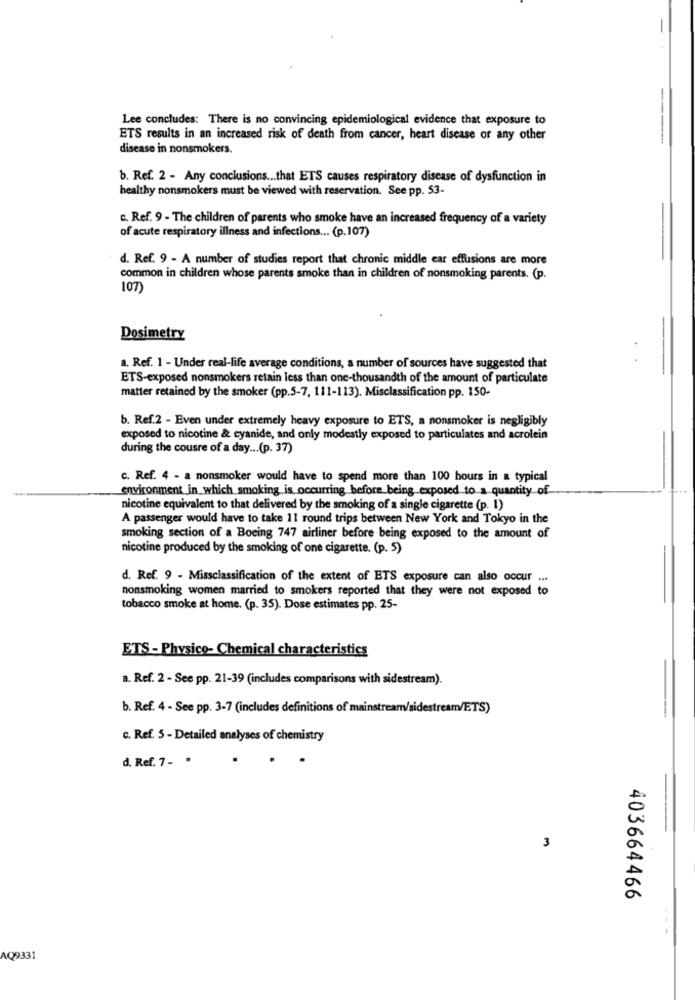
-
Lee concludes: There is no convincing epidemiological evidence that exposure to
ETS results in an increased risk of death from cancer, heart disease or any other
----
disease in nonsmokers.
b. Ref. 2 - Any conclusions ... that ETS causes respiratory disease of dysfunction in
healthy nonsmokers must be viewed with reservation. See pp. 53-
c. Ref. 9 - The children of parents who smoke have an increased frequency of a variety
of acute respiratory illness and infections ... (p.107)
d. Ref. 9 - A number of studies report that chronic middle car effusions are more
common in children whose parents smoke than in children of nonsmoking parents. (p.
107)
Dosimetry
a. Ref. 1 - Under real-life average conditions, a number of sources have suggested that
ETS-exposed nonsmokers retain less than one-thousandth of the amount of particulate
matter retained by the smoker (pp.5-7, 111-113). Misclassification pp. 150-
b. Ref.2 - Even under extremely heavy exposure to ETS, a nonsmoker is negligibly
exposed to nicotine & cyanide, and only modestly exposed to particulates and acrolein
during the cousre of a day ... (p. 37)
c. Ref. 4 - a nonsmoker would have to spend more than 100 hours in a typical
environment in which smoking is occurring before being exposed to a quantity of
nicotine equivalent to that delivered by the smoking of a single cigarette (p. 1)
A passenger would have to take 11 round trips between New York and Tokyo in the
smoking section of a Boeing 747 airliner before being exposed to the amount of
nicotine produced by the smoking of one cigarette. (p. 5)
d. Ref. 9 - Missclassification of the extent of ETS exposure can also occur ...
nonsmoking women married to smokers reported that they were not exposed to
tobacco smoke at home. (p. 35). Dose estimates pp. 25-
ETS - Physico- Chemical characteristics
a. Ref. 2 - See pp. 21-39 (includes comparisons with sidestream).
b. Ref. 4 - See pp. 3-7 (includes definitions of mainstream/sidestream/ETS)
c. Ref. 5 - Detailed analyses of chemistry
d. Ref. 7 - .
3
403664466
AQ9331